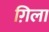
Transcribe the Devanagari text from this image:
ग़िला